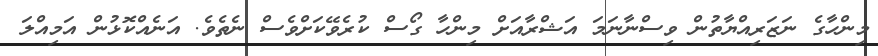
މިންހާގެ ނަޒަރިއްޔާތުން ވިސްނާނަމަ އަޝްރާއަށް މިންހާ ގޯސް ކުރެވޭކަށްވެސް ނެތެވެ. އަނެއްކޮޅުން އަމިއްލަ